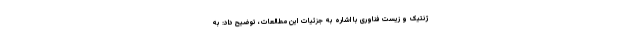
ژنتیک و زیست فناوری با اشاره به جزئیات این مطالعات، توضیح داد: به